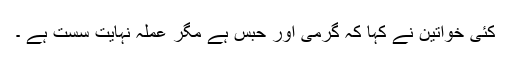
کئی خواتین نے کہا کہ گرمی اور حبس ہے مگر عملہ نہایت سست ہے ۔